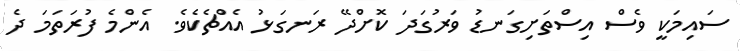
ސައިމަކީ ވެސް އިސްތަށިގަނޑު ވަރުގަދަ ކޮށްދޭ ރަނގަޅު އެއްޗެކެވެ. އެންމެ ފުރަތަމަ ދެ